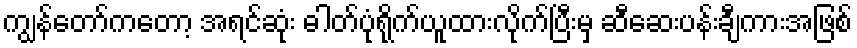
ကျွန်တော်ကတော့ အရင်ဆုံး ဓါတ်ပုံရိုက်ယူထားလိုက်ပြီးမှ ဆီဆေးပန်းချီကားအဖြစ်